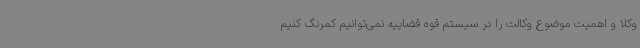
وکلا و اهمیت موضوع وکالت را در سیستم قوه قضاییه نمی‌توانیم کمرنگ کنیم